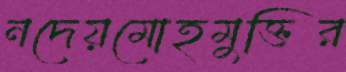
নদেয়মোহমুক্তির